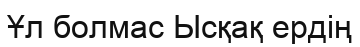
Ұл болмас Ысқақ ердің